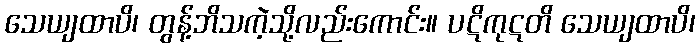
သေယျထာပိ၊ တွန့်ဘိသကဲ့သို့လည်းကောင်း။ ပဋိကုဋတိ သေယျထာပိ၊